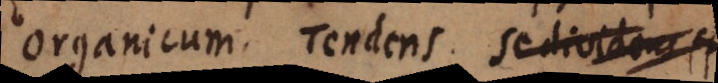
Organicum. Tendens. Se dividens